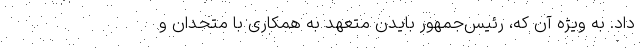
داد. به ویژه آن که، رئیس‌جمهور بایدن متعهد به همکاری با متحدان و